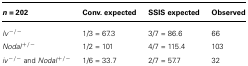
| n = 202 | Conv. expected | SSIS expected | Observed |
 | --- | --- | --- | --- |
 | Iv−/− | 1/3 = 67.3 | 3/7 = 86.6 | 66 |
 | Nodal+/− | 1/2 = 101 | 4/7 = 115.4 | 103 |
 | iv−/− and Nodal+/− | 1/6 = 33.7 | 2/7 = 57.7 | 32 |